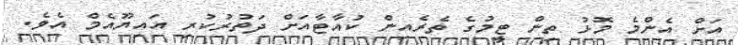
އަށް އެންމެ މޮޅު ތިން ޓީމުގެ ތެރެއިން ކުއާޓާއަށް ދަތުރުކުރި އައިޔޫއެމް އެވެ.